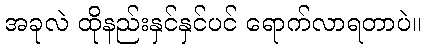
အခုလဲ ထိုနည်းနှင်နှင်ပင် ရောက်လာရတာပဲ။